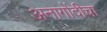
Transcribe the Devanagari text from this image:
अनागोंदीचा